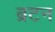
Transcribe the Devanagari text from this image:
ब्रटन